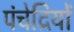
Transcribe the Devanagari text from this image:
पंचेद्रियों